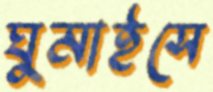
ঘুমাইসে